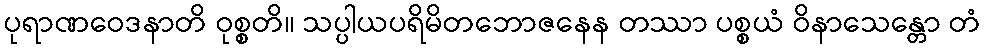
ပုရာဏဝေဒနာတိ ဝုစ္စတိ။ သပ္ပါယပရိမိတဘောဇနေန တဿာ ပစ္စယံ ဝိနာသေန္တော တံ